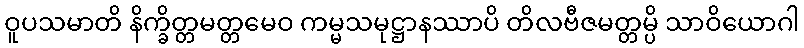
ဝူပသမာတိ နိက္ခိတ္တမတ္တမေဝ ကမ္မသမုဋ္ဌာနဿာပိ တိလဗီဇမတ္တမ္ပိ သာဝိယောဂါ